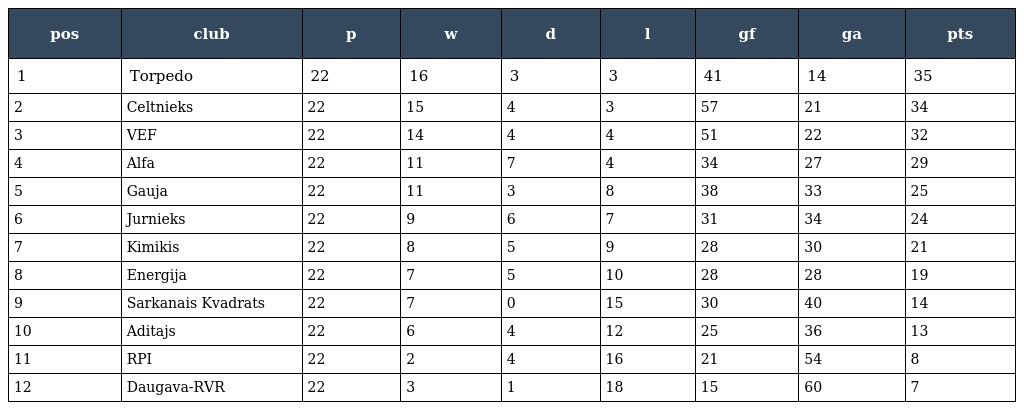
| pos | club | p | w | d | l | gf | ga | pts |
 | --- | --- | --- | --- | --- | --- | --- | --- | --- |
 | 1 | Torpedo | 22 | 16 | 3 | 3 | 41 | 14 | 35 |
 | 2 | Celtnieks | 22 | 15 | 4 | 3 | 57 | 21 | 34 |
 | 3 | VEF | 22 | 14 | 4 | 4 | 51 | 22 | 32 |
 | 4 | Alfa | 22 | 11 | 7 | 4 | 34 | 27 | 29 |
 | 5 | Gauja | 22 | 11 | 3 | 8 | 38 | 33 | 25 |
 | 6 | Jurnieks | 22 | 9 | 6 | 7 | 31 | 34 | 24 |
 | 7 | Kimikis | 22 | 8 | 5 | 9 | 28 | 30 | 21 |
 | 8 | Energija | 22 | 7 | 5 | 10 | 28 | 28 | 19 |
 | 9 | Sarkanais Kvadrats | 22 | 7 | 0 | 15 | 30 | 40 | 14 |
 | 10 | Aditajs | 22 | 6 | 4 | 12 | 25 | 36 | 13 |
 | 11 | RPI | 22 | 2 | 4 | 16 | 21 | 54 | 8 |
 | 12 | Daugava-RVR | 22 | 3 | 1 | 18 | 15 | 60 | 7 |